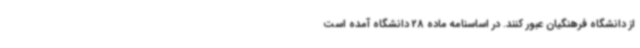
از دانشگاه فرهنگیان عبور کنند. در اساسنامه ماده 28 دانشگاه آمده است